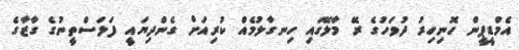
އެމްޑީޕީން ހޮނިހިރު ދުވަހުގެ ރޭ މާލޭގައި ހިނގާލުމެއް ކުރިއަށް ގެންދިޔައީ ފަލަސްތީނުގެ ގާޒާގެ